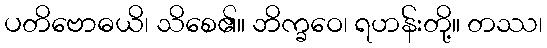
ပတိဗောဓယိ၊ သိစေ၏။ ဘိက္ခဝေ၊ ရဟန်းတို့။ တဿ၊